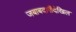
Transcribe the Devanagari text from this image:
जबाबदारीदेखिल